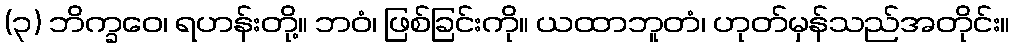
(၃) ဘိက္ခဝေ၊ ရဟန်းတို့။ ဘဝံ၊ ဖြစ်ခြင်းကို။ ယထာဘူတံ၊ ဟုတ်မှန်သည်အတိုင်း။